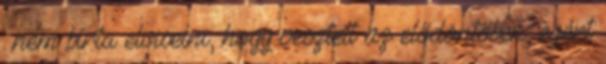
: nem bírta elviselni, hogy vesztett az elődöntőben, ezért